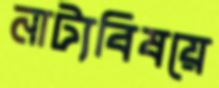
নাট্যবিষয়ে